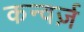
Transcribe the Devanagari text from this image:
कन्वर्ज़